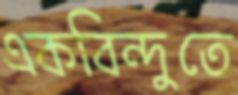
একবিন্দুতে